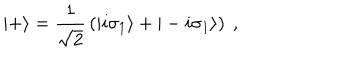
LaTeX: | + \rangle = { \frac { 1 } { \sqrt { 2 } } } \left( | i \sigma _ { 1 } \rangle + | - i \sigma _ { 1 } \rangle \right) ~ ,